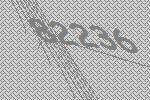
82236